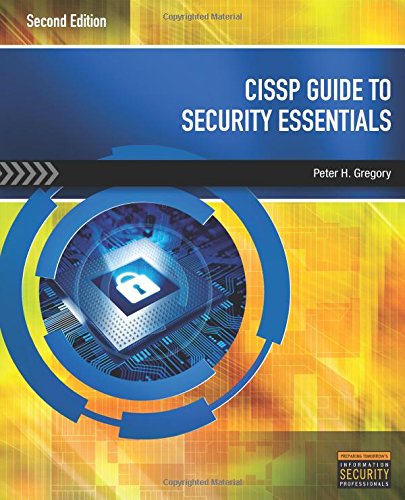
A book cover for CISSP Guide to Security Essentials; Peter Gregory; Computers & Technology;